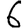
Digit: 6